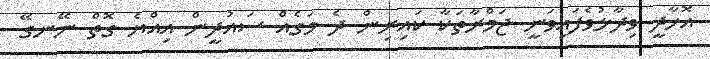
އޮހާދީ ވިދާޅުވެފައިވަނީ ޖަމްރާތަކާ ކައިރިން ދެ މަގެއް ސައުދީން އިއްޔެ ގޮތް ނޭނގޭ